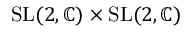
{ \mathrm { S L } } ( 2 , \mathbb { C } ) \times { \mathrm { S L } } ( 2 , \mathbb { C } )